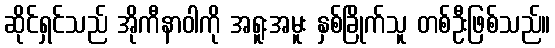
ဆိုင်ရှင်သည် အိုကီနာဝါကို အရူးအမူး နှစ်ခြိုက်သူ တစ်ဦးဖြစ်သည်။